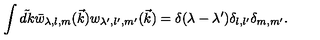
\int \tilde { d k } \bar { w } _ { \lambda , l , m } ( \vec { k } ) w _ { \lambda ^ { \prime } , l ^ { \prime } , m ^ { \prime } } ( \vec { k } ) = \delta ( \lambda - \lambda ^ { \prime } ) \delta _ { l , l ^ { \prime } } \delta _ { m , m ^ { \prime } } .